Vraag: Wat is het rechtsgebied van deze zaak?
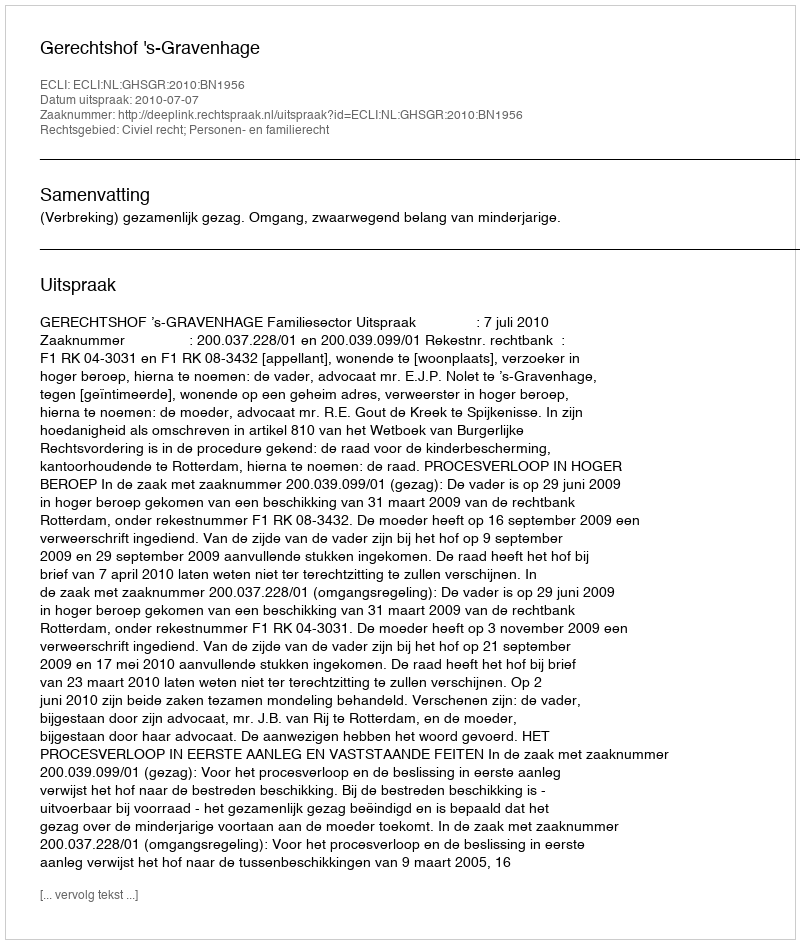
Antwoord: Civiel recht; Personen- en familierecht